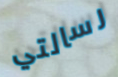
رسالتي